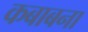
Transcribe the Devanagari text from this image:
कबाबना